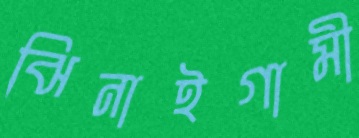
ঝিনাইগামী